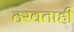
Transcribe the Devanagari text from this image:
ठरवताही